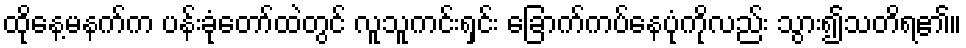
ထိုနေ့မနက်က ပန်းခုံတော်ထဲတွင် လူသူကင်းရှင်း ခြောက်ကပ်နေပုံကိုလည်း သွား၍သတိရ၏။